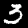
Digit: 3